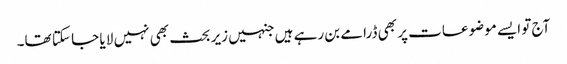
آج تو ایسے موضوعات پر بھی ڈرامے بن رہے ہیں جنہیں زیر بحث بھی نہیں لا یا جا سکتا تھا۔